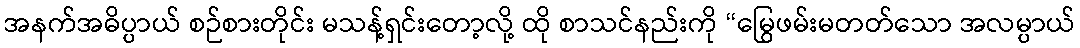
အနက်အဓိပ္ပာယ် စဉ်စားတိုင်း မသန့်ရှင်းတော့လို့ ထို စာသင်နည်းကို “မြွေဖမ်းမတတ်သော အလမ္ပာယ်